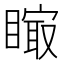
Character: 𥊁